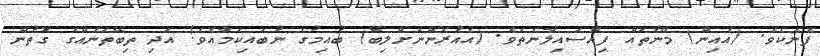
ފެނެކެވެ. (އެއިން) މޫނުތައް ފިއްސައިލާނެތެވެ. (އެއުރެންނަށްލިބޭ) ބުއިމުގެ ނުބައިކަމާއެވެ! އަދި ތިބޭތަނެއްގެ ގޮތުން